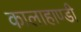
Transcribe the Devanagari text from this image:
कालाहाण्डी